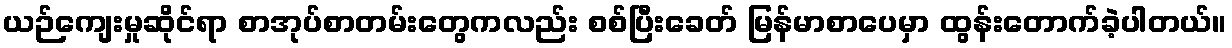
ယဉ်ကျေးမှုဆိုင်ရာ စာအုပ်စာတမ်းတွေကလည်း စစ်ပြီးခေတ် မြန်မာစာပေမှာ ထွန်းတောက်ခဲ့ပါတယ်။